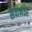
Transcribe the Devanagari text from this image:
सेवांनंतर